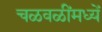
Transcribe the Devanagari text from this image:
चळवळींमध्यें